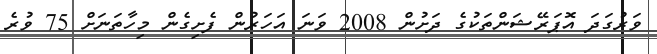
ވަރުގަދަ އޮޕަރޭޝަންތަކުގެ ދަށުން 2008 ވަނަ އަހަރުން ފެށިގެން މިހާތަނަށް 75 ވުރެ